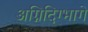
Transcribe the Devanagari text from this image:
अग्निदिग्भागे